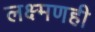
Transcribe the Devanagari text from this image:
लक्ष्मणही